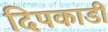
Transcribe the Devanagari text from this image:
दिपकाडी